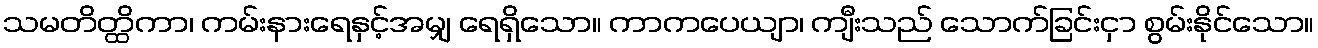
သမတိတ္ထိကာ၊ ကမ်းနားရေနှင့်အမျှ ရေရှိသော။ ကာကပေယျာ၊ ကျီးသည် သောက်ခြင်းငှာ စွမ်းနိုင်သော။